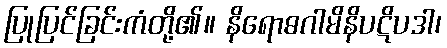
ပြုပြင်ခြင်းကံတို့၏။ နိရောဓဂါမိနိပဋိပဒါ၊